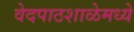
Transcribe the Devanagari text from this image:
वेदपाठशाळेमध्ये